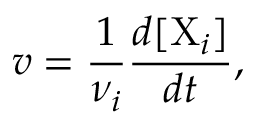
v = { \frac { 1 } { \nu _ { i } } } { \frac { d [ \mathrm { X } _ { i } ] } { d t } } ,